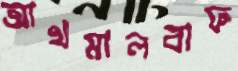
আখমালবাফ